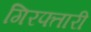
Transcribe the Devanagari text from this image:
गिरफ्तारी